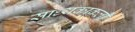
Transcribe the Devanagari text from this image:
सांध्यकाकली